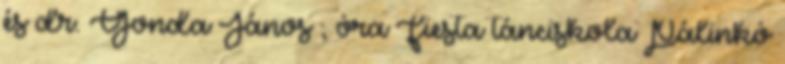
és dr. Gonda János ; óra Fiesta tánciskola Pálinkó